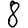
Digit: 8